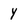
Character: y